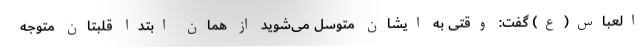
العباس(ع) گفت: وقتی به ایشان متوسل می‌شوید از همان ابتدا قلبتان متوجه